Juri_Uluots, lk 10
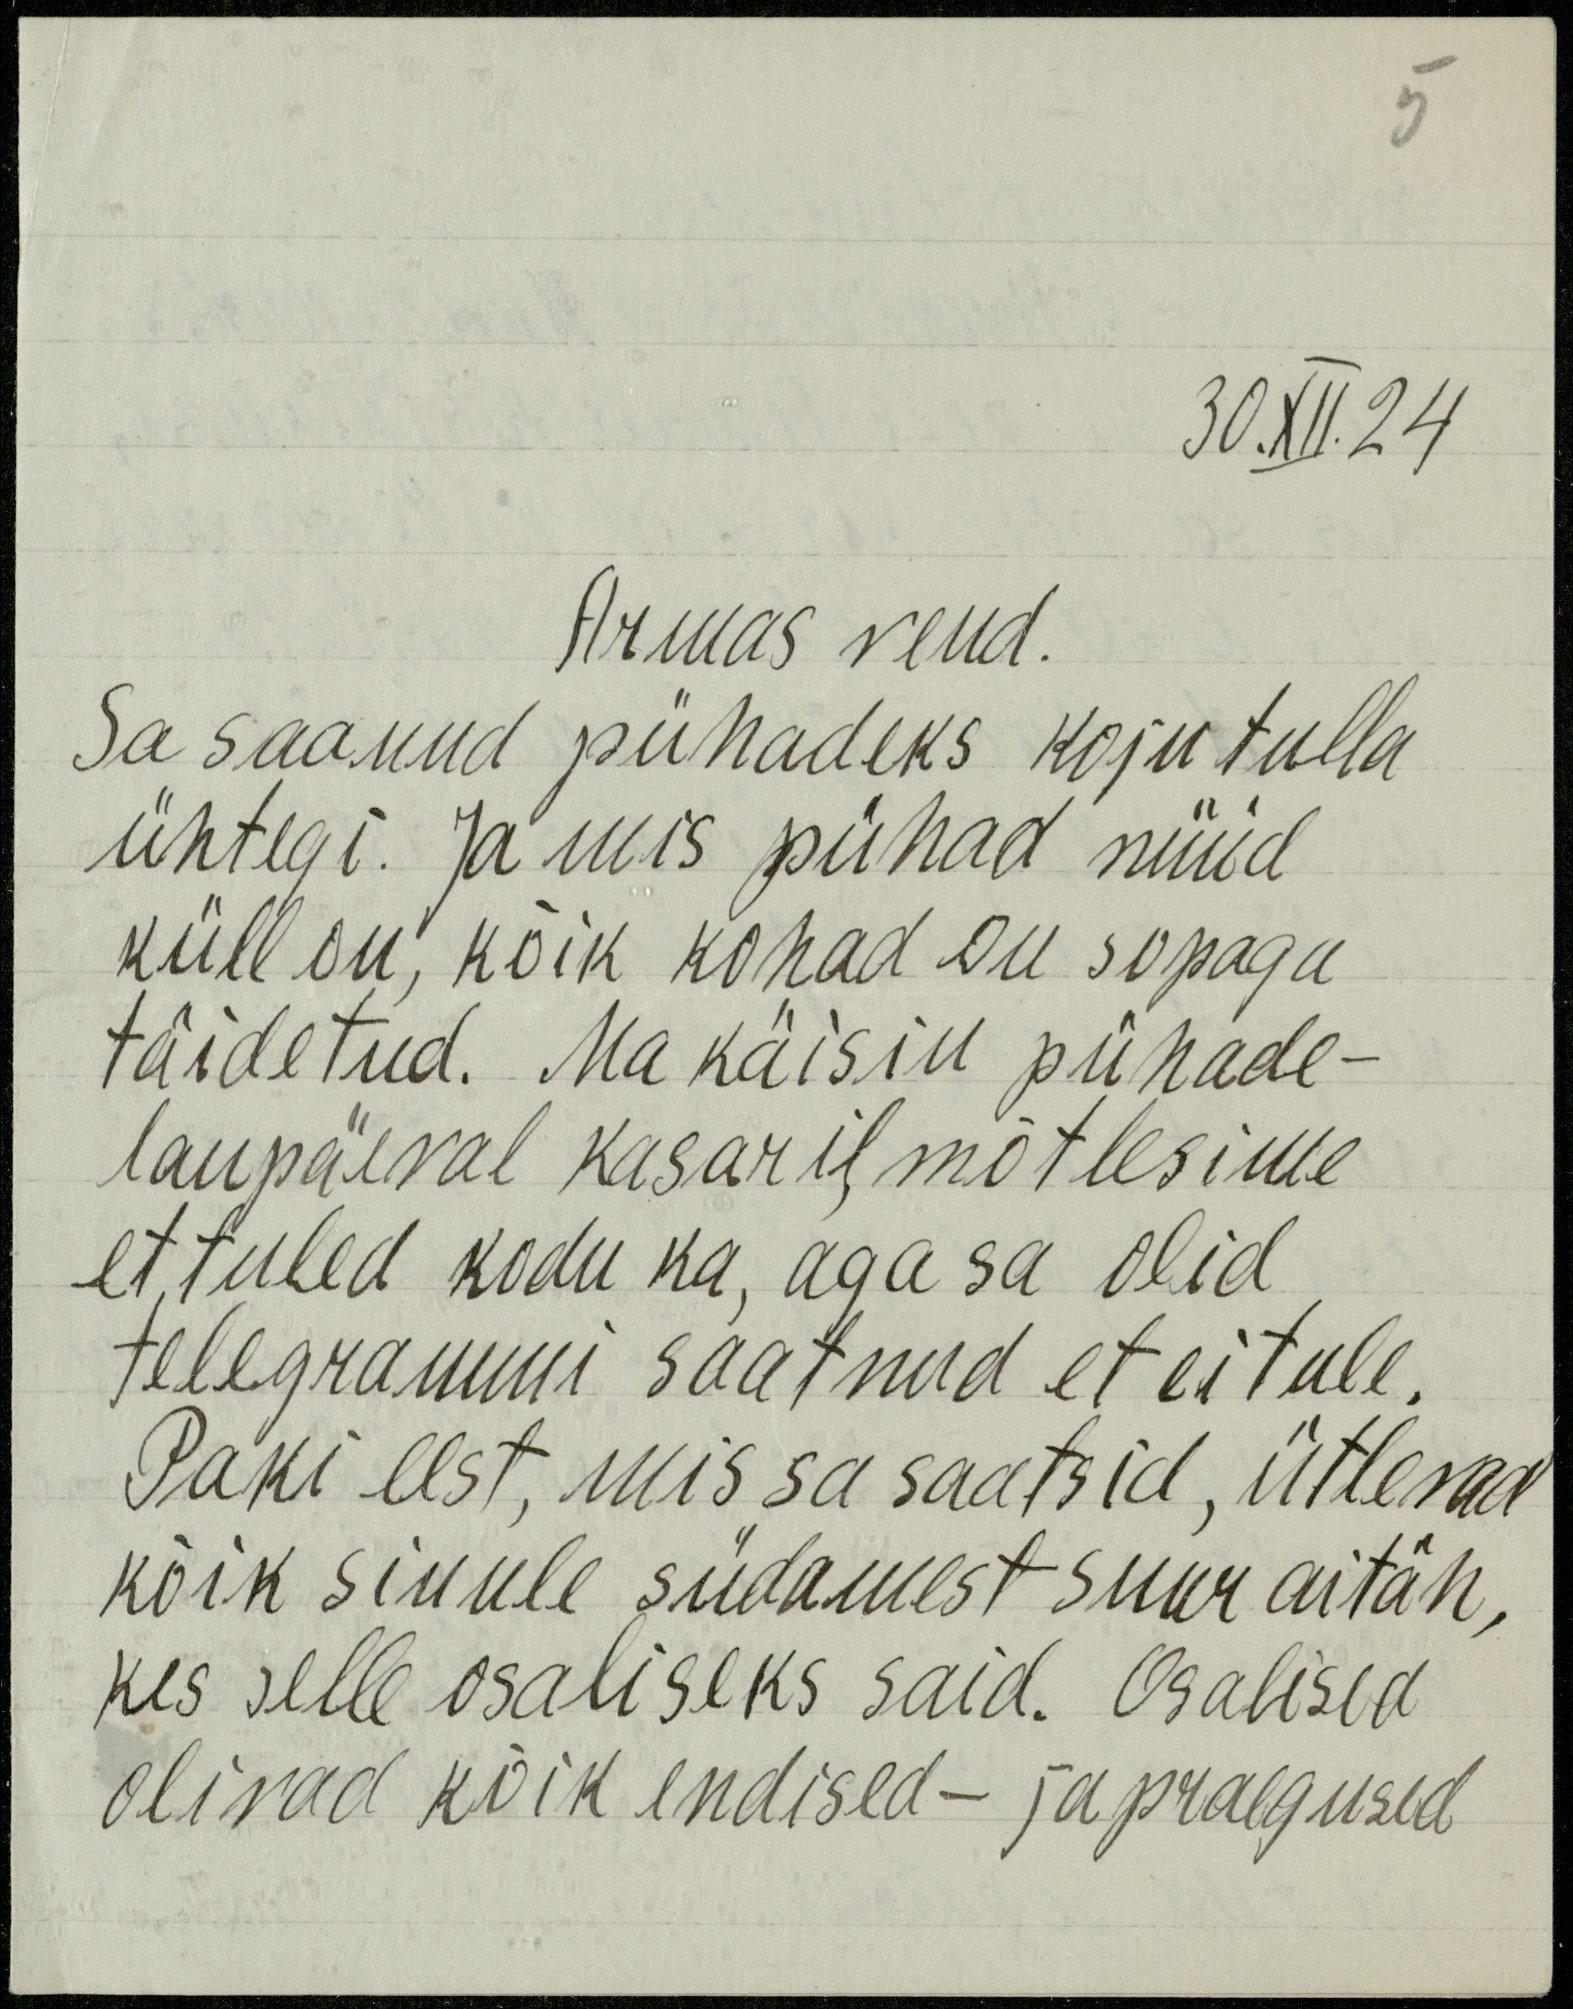
30.XII.24
Armas vend.
Sa saanud pühadeks koju tulla
ühtegi. Ja mis pühad nüüd
küll on, kõik kohad on sopaga
täidetud. Ma käisin pühade-
laupäeval kasaril, mõtlesime
et tuled kodu ka, aga sa olid
telegrammi saatnud et ei tule.
Paki eest, mis sa saatsid, ütlevad
kõik sinule südamest suur aitäh,
kes selle osaliseks said. Osalised
olivad kõik endised- ja praegused